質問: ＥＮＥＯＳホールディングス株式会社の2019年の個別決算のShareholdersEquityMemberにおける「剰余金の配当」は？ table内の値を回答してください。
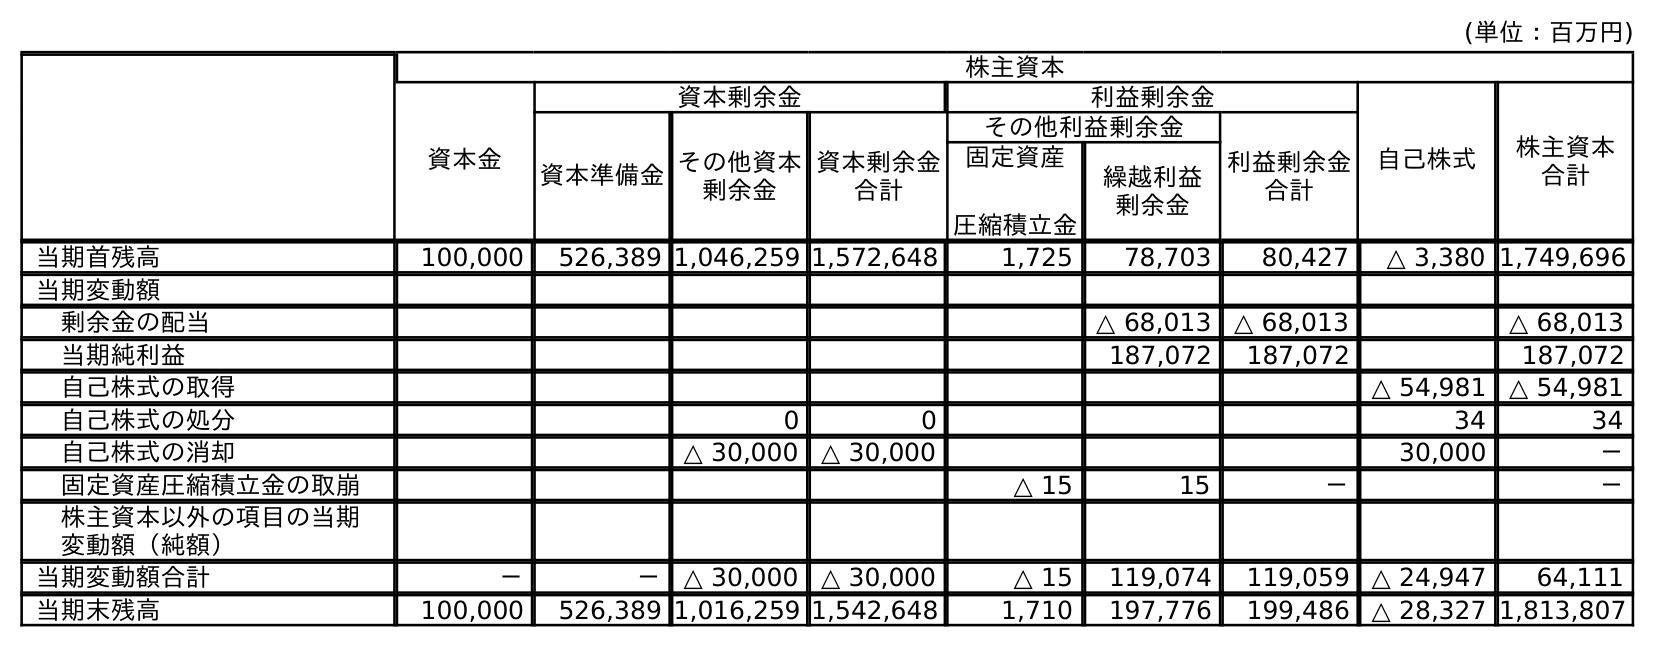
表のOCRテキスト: (単位：百万円) 株主資本 資本金 資本剰余金 利益剰余金 自己株式 株主資本 合計 資本準備金その他資本 剰余金 資本剰余金 合計 その他利益剰余金 利益剰余金 合計 固定資産 圧縮積立金 繰越利益 剰余金 当期首残高 100,000 526,389 1,046,259 1,572,648 1,725 78,703 80,427 △ 3,380 1,749,696 当期変動額 剰余金の配当 △ 68,013 △ 68,013 △ 68,013 当期純利益 187,072 187,072 187,072 自己株式の取得 △ 54,981 △ 54,981 自己株式の処分 0 0 34 34 自己株式の消却 △ 30,000 △ 30,000 30,000 － 固定資産圧縮積立金の取崩 △ 15 15 － － 株主資本以外の項目の当期 変動額（純額） 当期変動額合計 － － △ 30,000 △ 30,000 △ 15 119,074 119,059 △ 24,947 64,111 当期末残高 100,000 526,389 1,016,259 1,542,648 1,710 197,776 199,486 △ 28,327 1,813,807
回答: △68,013